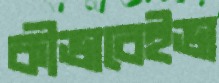
কীভাবেইভা